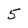
Character: 5